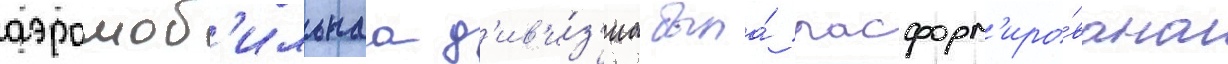
аэромоб'ильнаа д'ив'и́з'иа была́ расформ'иро́вана